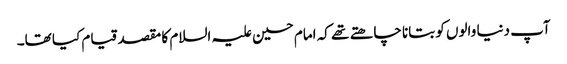
آپ دنیا والوں کو بتانا چاھتے تھے کہ امام حسین علیہ السلام کا مقصد قیام کیا تھا۔